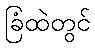
ခြံထဲတွင်